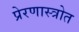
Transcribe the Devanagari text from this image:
प्रेरणास्‍त्रोत